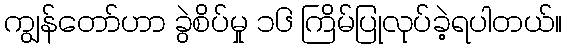
ကျွန်တော်ဟာ ခွဲစိပ်မှု ၁၆ ကြိမ်ပြုလုပ်ခဲ့ရပါတယ်။